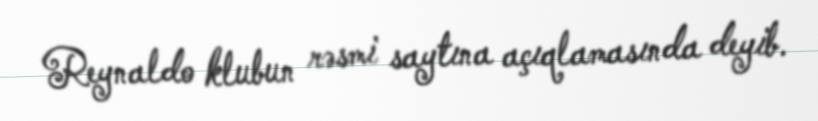
Reynaldo klubun rəsmi saytına açıqlamasında deyib.